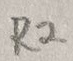
Text: R2